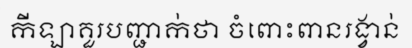
កីឡាគួរបញ្ជាក់ថា ចំពោះពានរង្វាន់